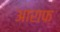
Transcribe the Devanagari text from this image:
आराफ